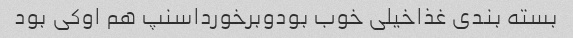
بسته بندی غذاخیلی خوب بودوبرخورداسنپ هم اوکی بود